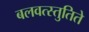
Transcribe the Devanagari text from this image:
बलवत्स्तुतिते